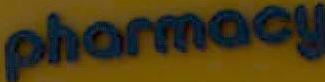
pharmacy